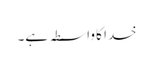
خدا کا واسطہ ہے۔